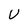
Character: U